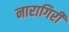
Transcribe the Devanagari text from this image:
नारागिरी